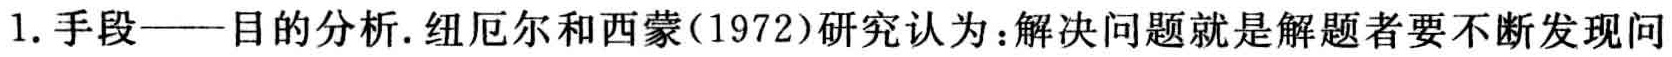
1. 手段——目的分析. 纽厄尔和西蒙(1972)研究认为：解决问题就是解题者要不断发现问